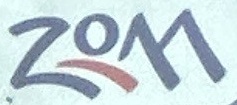
Zom